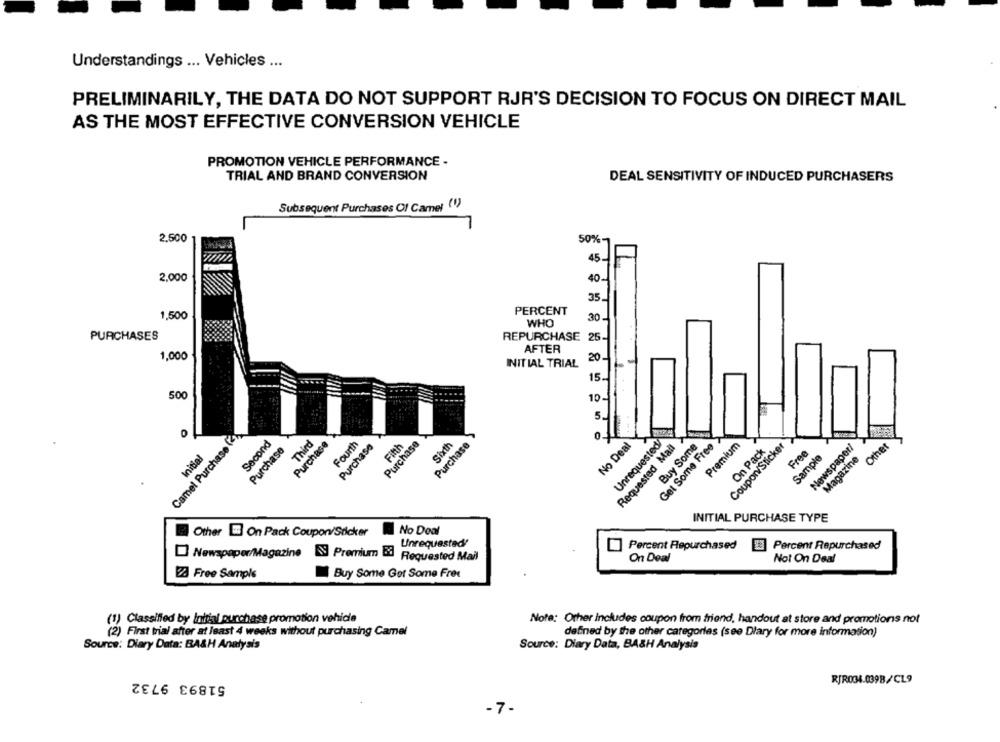
Understandings ... Vehicles ...
PRELIMINARILY, THE DATA DO NOT SUPPORT RJR'S DECISION TO FOCUS ON DIRECT MAIL
AS THE MOST EFFECTIVE CONVERSION VEHICLE
PROMOTION VEHICLE PERFORMANCE -
TRIAL AND BRAND CONVERSION
DEAL SENSITIVITY OF INDUCED PURCHASERS
Subsequent Purchases Of Camel (1)
2.500
50%-
45
2.000
40-
35.
PERCENT
1,500
30
WHO
PURCHASES
REPURCHASE 25.
AFTER
1,000
20
INITIAL TRIAL
15.
500
10-
Camel Purchase (2)
Third
0
Unrequested
Second
Purchase
Purchase
Fourth
Purchase
Purchase
Fifth
Sixth
Purchase
No Deal
Requested Mail
Buy Some
Get Some Free
Premium
Coupon/Sticker
On Pack
Newspaper/
Other
Initial
Fren
Sample
Magazine
INITIAL PURCHASE TYPE
Other On Pack Coupon/Sticker
No Deal
Unrequested!
Percent Repurchased
1 Percent Repurchased
Newspaper/Magazine S Premium El Requested Mail
On Deal
Not On Deal
23 Free Sample
Buy Some Got Some Free
(1) Classified by Initial purchase promotion vehide
Note: Other Includes coupon from friend, handout at store and promotions not
(2) First trial after at least 4 weeks without purchasing Camel
defined by the other categories (see Dlary for more information)
Source: Diary Data: BA&H Analysis
Source: Diary Data, BASH Analysis
51893 9732
RJR034.0398/CL9
-7-